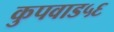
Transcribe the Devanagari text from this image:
कुपवाड५६